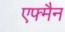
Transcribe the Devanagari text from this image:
एफ्मैन